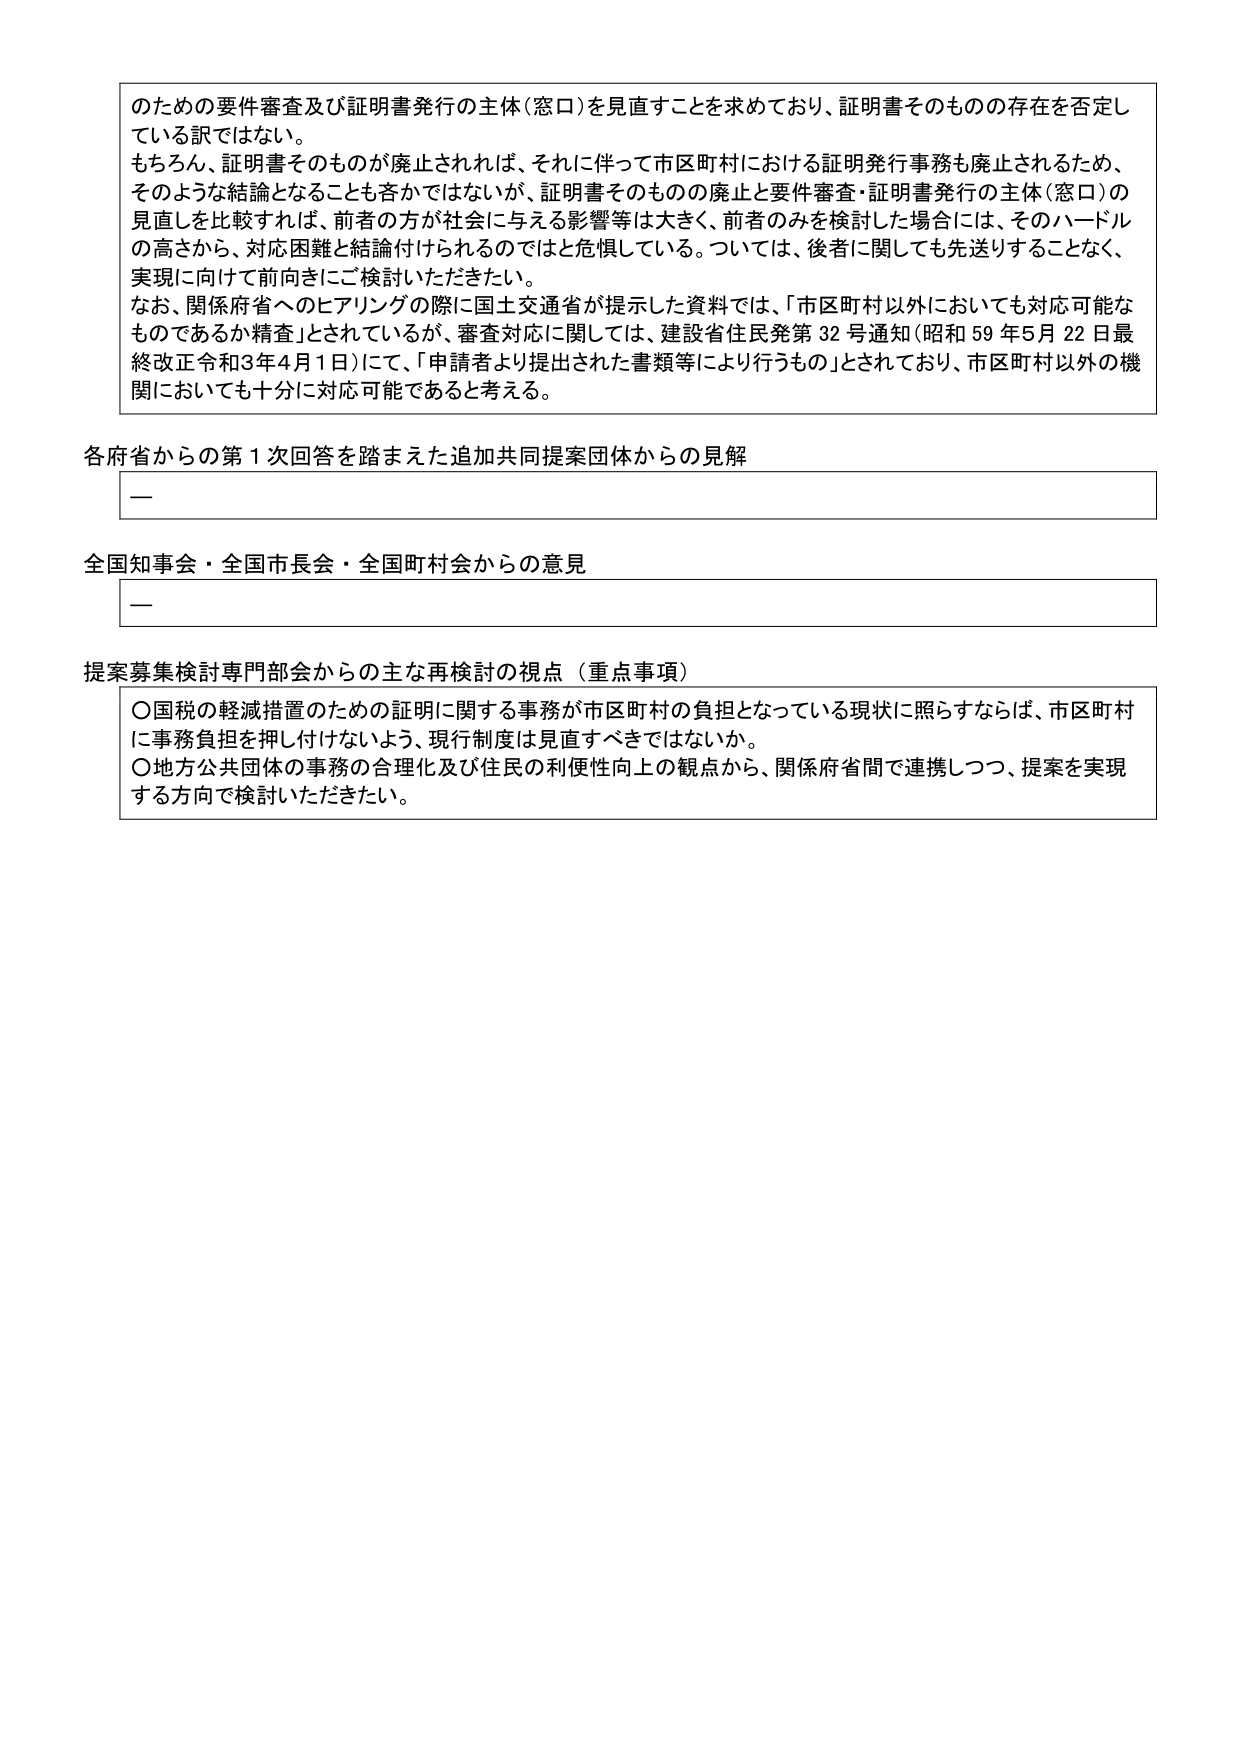
のための要件審査及び証明書発行の主体（窓口）を見直すことを求めており、証明書そのものの存在を否定している訳ではない。
もちろん、証明書そのものが廃止されれば、それに伴って市区町村における証明発行事務も廃止されるため、そのような結論となることも否かではないが、証明書そのものの廃止と要件審査・証明書発行の主体（窓口）の見直しを比較すれば、前者の方が社会に与える影響等は大きく、前者のみを検討した場合には、そのハードルの高さから、対応困難と結論付けられるのではと危惧している。ついては、後者に関しても先送りすることなく、実現に向けて前向きにご検討いただきたい。
なお、関係府省へのヒアリングの際に国土交通省が提示した資料では、「市区町村以外においても対応可能なものであるか精査」とされているが、審査対応に関しては、建設省住民発第32号通知（昭和59年5月22日最終改正令和3年4月1日）にて、「申請者より提出された書類等により行うもの」とされており、市区町村以外の機関においても十分に対応可能であると考える。

各府省からの第1次回答を踏まえた追加共同提案団体からの見解
—

全国知事会・全国市長会・全国町村会からの意見
—

提案募集検討専門部会からの主な再検討の視点（重点事項）
〇国税の軽減措置のための証明に関する事務が市区町村の負担となっている現状に照らすならば、市区町村に事務負担を押し付けないよう、現行制度は見直すべきではないか。
〇地方公共団体の事務の合理化及び住民の利便性向上の観点から、関係府省間で連携しつつ、提案を実現する方向で検討いただきたい。